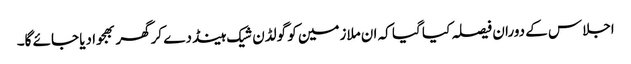
اجلاس کے دوران فیصلہ کیا گیا کہ ان ملازمین کو گولڈن شیک ہینڈ دے کرگھر بھجوا دیا جائے گا۔